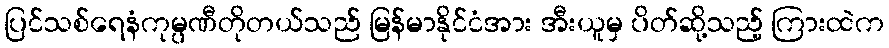
ပြင်သစ်ရေနံကုမ္ပဏီတိုတယ်သည် မြန်မာနိုင်ငံအား အီးယူမှ ပိတ်ဆို့သည့် ကြားထဲက